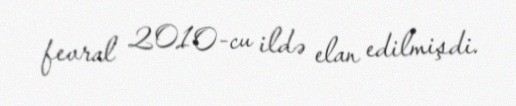
fevral 2010-cu ildə elan edilmişdi.